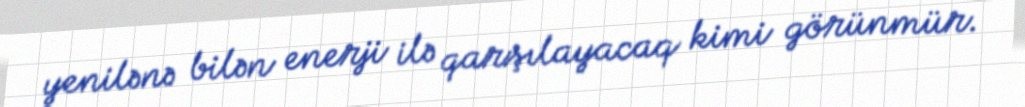
yenilənə bilən enerji ilə qarşılayacaq kimi görünmür.